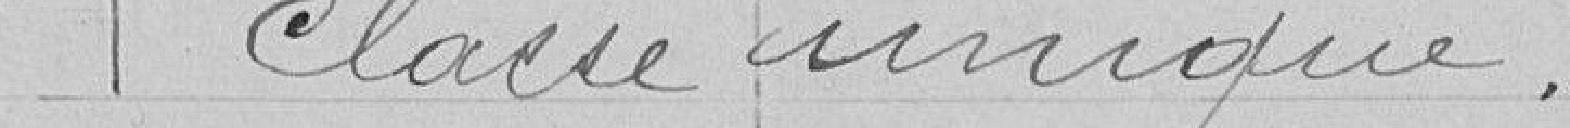
Classe unique